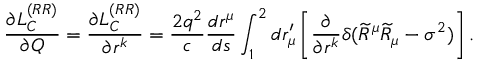
\frac { \partial L _ { C } ^ { ( R R ) } } { \partial Q } = \frac { \partial L _ { C } ^ { ( R R ) } } { \partial r ^ { k } } = \frac { 2 q ^ { 2 } } { c } \frac { d r ^ { \mu } } { d s } \int _ { 1 } ^ { 2 } d r _ { \mu } ^ { \prime } \left[ \frac { \partial } { \partial r ^ { k } } \delta ( \widetilde { R } ^ { \mu } \widetilde { R } _ { \mu } - \sigma ^ { 2 } ) \right] .